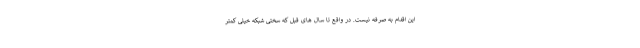
این اقدام به صرفه نیست. در واقع تا سال های قبل که سختی شبکه خیلی کمتر